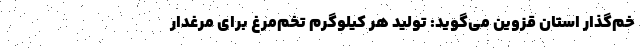
خم‌گذار استان قزوین می‌گوید: تولید هر کیلوگرم تخم‌مرغ برای مرغدار